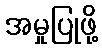
အမှုပြုဖို့